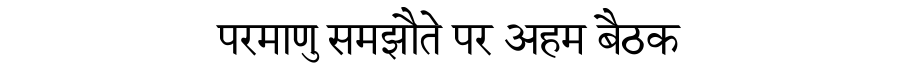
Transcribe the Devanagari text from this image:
परमाणु समझौते पर अहम बैठक